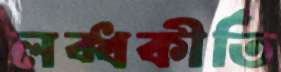
লব্ধকীর্তি